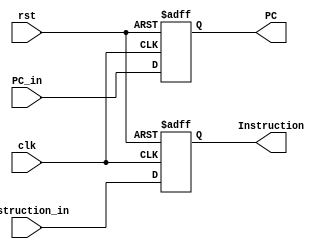
module IF_Stage_reg (
	input clk,    // Clock
	input rst,  
	input [31:0] PC_in,
	input [31:0] Instruction_in,
	output reg [31:0] PC,
	output reg [31:0] Instruction	
);

always @(posedge clk or posedge rst) begin : proc_IF_Stage_reg
	if(rst) begin
		PC <= 0;
		Instruction <= 0;
	end else begin
		PC <= PC_in ;
		Instruction <= Instruction_in;
	end
end

endmodule